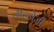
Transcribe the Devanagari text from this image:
वील्होजी